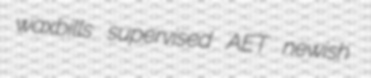
waxbills supervised AET newish